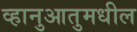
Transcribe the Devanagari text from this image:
व्हानुआतुमधील